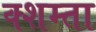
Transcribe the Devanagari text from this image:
क्शम्ता